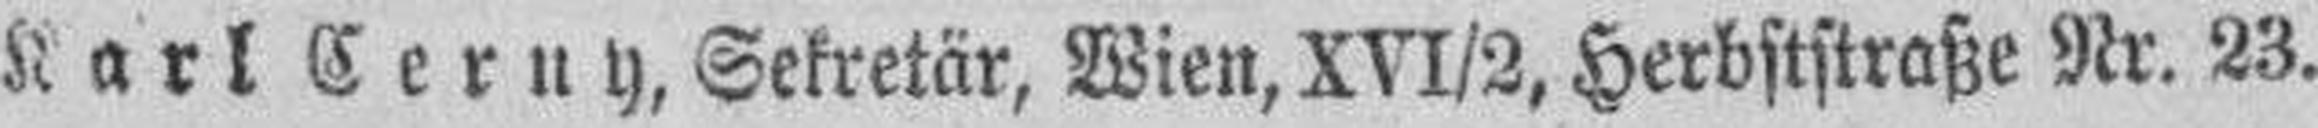
Karl Cerny, Sekretär, Wien, XVI/2, Herbststraße Nr. 23.